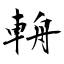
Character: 輈